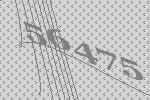
56475